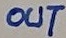
Text: OUT